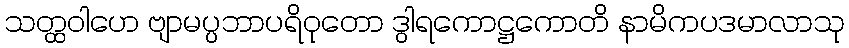
သတ္ထဝါဟေ ဗျာမပ္ပဘာပရိဝုတော ဒွါရကောဋ္ဌကောတိ နာမိကပဒမာလာသု